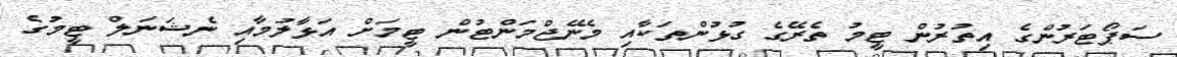
ސަޕޯޓަރުންގެ އިތުރުން ޓީމު ތެރޭގެ ގުޅުންތަކާއި މެނޭޖްމަންޓުން ޓީމަށް އަޅާލުމާއި ނެޝަނަލް ޓީމުގެ